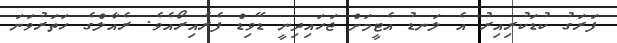
ފަރަގު ކުޑަކުރިއިރު އެ ލަނޑު އެޓީމަށް ޖަހައިދިނީ ޑޭވިޑް ފެރެއިރޯއެވެ. ރެއާލްގެ ހަތަރުވަނަ